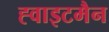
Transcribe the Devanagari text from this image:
ह्वाइटमैन